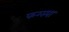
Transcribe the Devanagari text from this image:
फग्स्पा